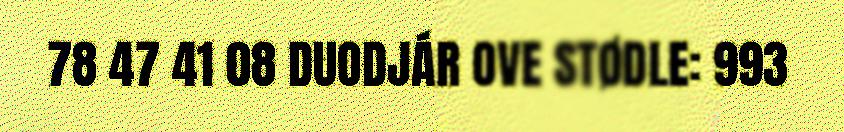
78 47 41 08 DUODJÁR OVE STØDLE: 993